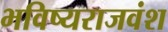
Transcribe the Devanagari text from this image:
भविष्यराजवंश